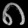
Digit: ၈